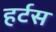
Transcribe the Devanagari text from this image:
हर्टस